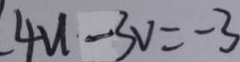
4 u - 3 v = - 3